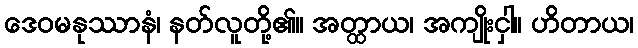
ဒေဝမနုဿာနံ၊ နတ်လူတို့၏။ အတ္ထာယ၊ အကျိုးငှါ။ ဟိတာယ၊